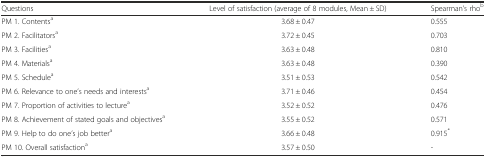
<table><thead><tr><td><b>Questions</b></td><td><b>Level of satisfaction (average of 8 modules, Mean ± SD)</b></td><td><b>Spearman’s rho<sup>b</sup></b></td></tr></thead><tbody><tr><td>PM 1. Contents<sup>a</sup></td><td>3.68 ± 0.47</td><td>0.555</td></tr><tr><td>PM 2. Facilitators<sup>a</sup></td><td>3.72 ± 0.45</td><td>0.703</td></tr><tr><td>PM 3. Facilities<sup>a</sup></td><td>3.63 ± 0.48</td><td>0.810</td></tr><tr><td>PM 4. Materials<sup>a</sup></td><td>3.63 ± 0.48</td><td>0.390</td></tr><tr><td>PM 5. Schedule<sup>a</sup></td><td>3.51 ± 0.53</td><td>0.542</td></tr><tr><td>PM 6. Relevance to one’s needs and interests<sup>a</sup></td><td>3.71 ± 0.46</td><td>0.454</td></tr><tr><td>PM 7. Proportion of activities to lecture<sup>a</sup></td><td>3.52 ± 0.52</td><td>0.476</td></tr><tr><td>PM 8. Achievement of stated goals and objectives<sup>a</sup></td><td>3.55 ± 0.52</td><td>0.571</td></tr><tr><td>PM 9. Help to do one’s job better<sup>a</sup></td><td>3.66 ± 0.48</td><td>0.915<sup>*</sup></td></tr><tr><td>PM 10. Overall satisfaction<sup>a</sup></td><td>3.57 ± 0.50</td><td>-</td></tr></tbody></table>